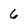
Character: 6